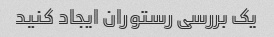
یک بررسی رستوران ایجاد کنید